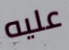
عليه